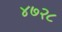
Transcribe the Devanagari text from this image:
४७२८